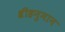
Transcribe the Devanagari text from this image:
श्रीहनुमान